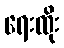
ရေးထိုး